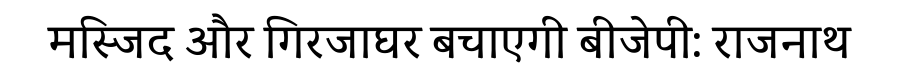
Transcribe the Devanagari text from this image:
मस्जिद और गिरजाघर बचाएगी बीजेपी: राजनाथ